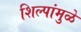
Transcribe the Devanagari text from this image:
शिल्पांमुळे